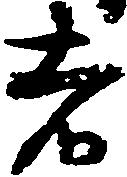
者